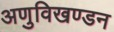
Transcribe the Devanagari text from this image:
अणुविखण्डन